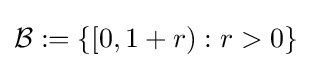
{\mathcal {B}}:=\{[0,1+r):r>0\}